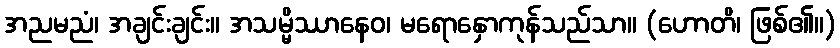
အညမညံ၊ အချင်းချင်း။ အသမ္မိဿာနေဝ၊ မရောနှောကုန်သည်သာ။ (ဟောတိ၊ ဖြစ်၏။)